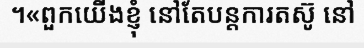
។«ពួកយើងខ្ញុំ នៅតែបន្តការតស៊ូ នៅ